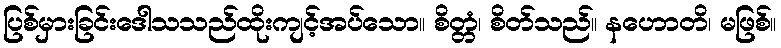
ပြစ်မှားခြင်းဒေါသသည်ထိုးကျင့်အပ်သော။ စိတ္တံ၊ စိတ်သည်။ နဟောတိ၊ မဖြစ်။